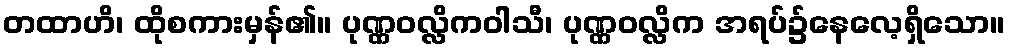
တထာဟိ၊ ထိုစကားမှန်၏။ ပုဏ္ဏဝလ္လိကဝါသီ၊ ပုဏ္ဏဝလ္လိက အရပ်၌နေလေ့ရှိသော။